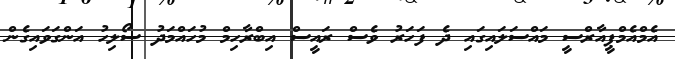
އެމްއެމްޕީއާރްސީ މައްސަލައިގައި ދެ ފަހަރު ވެސް ރައީސް އިބްރާހިމް މުހައްމަދު ސޯލިހު އަންގަވައިގެން